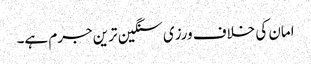
امان کی خلاف ورزی سنگین ترین جرم ہے۔